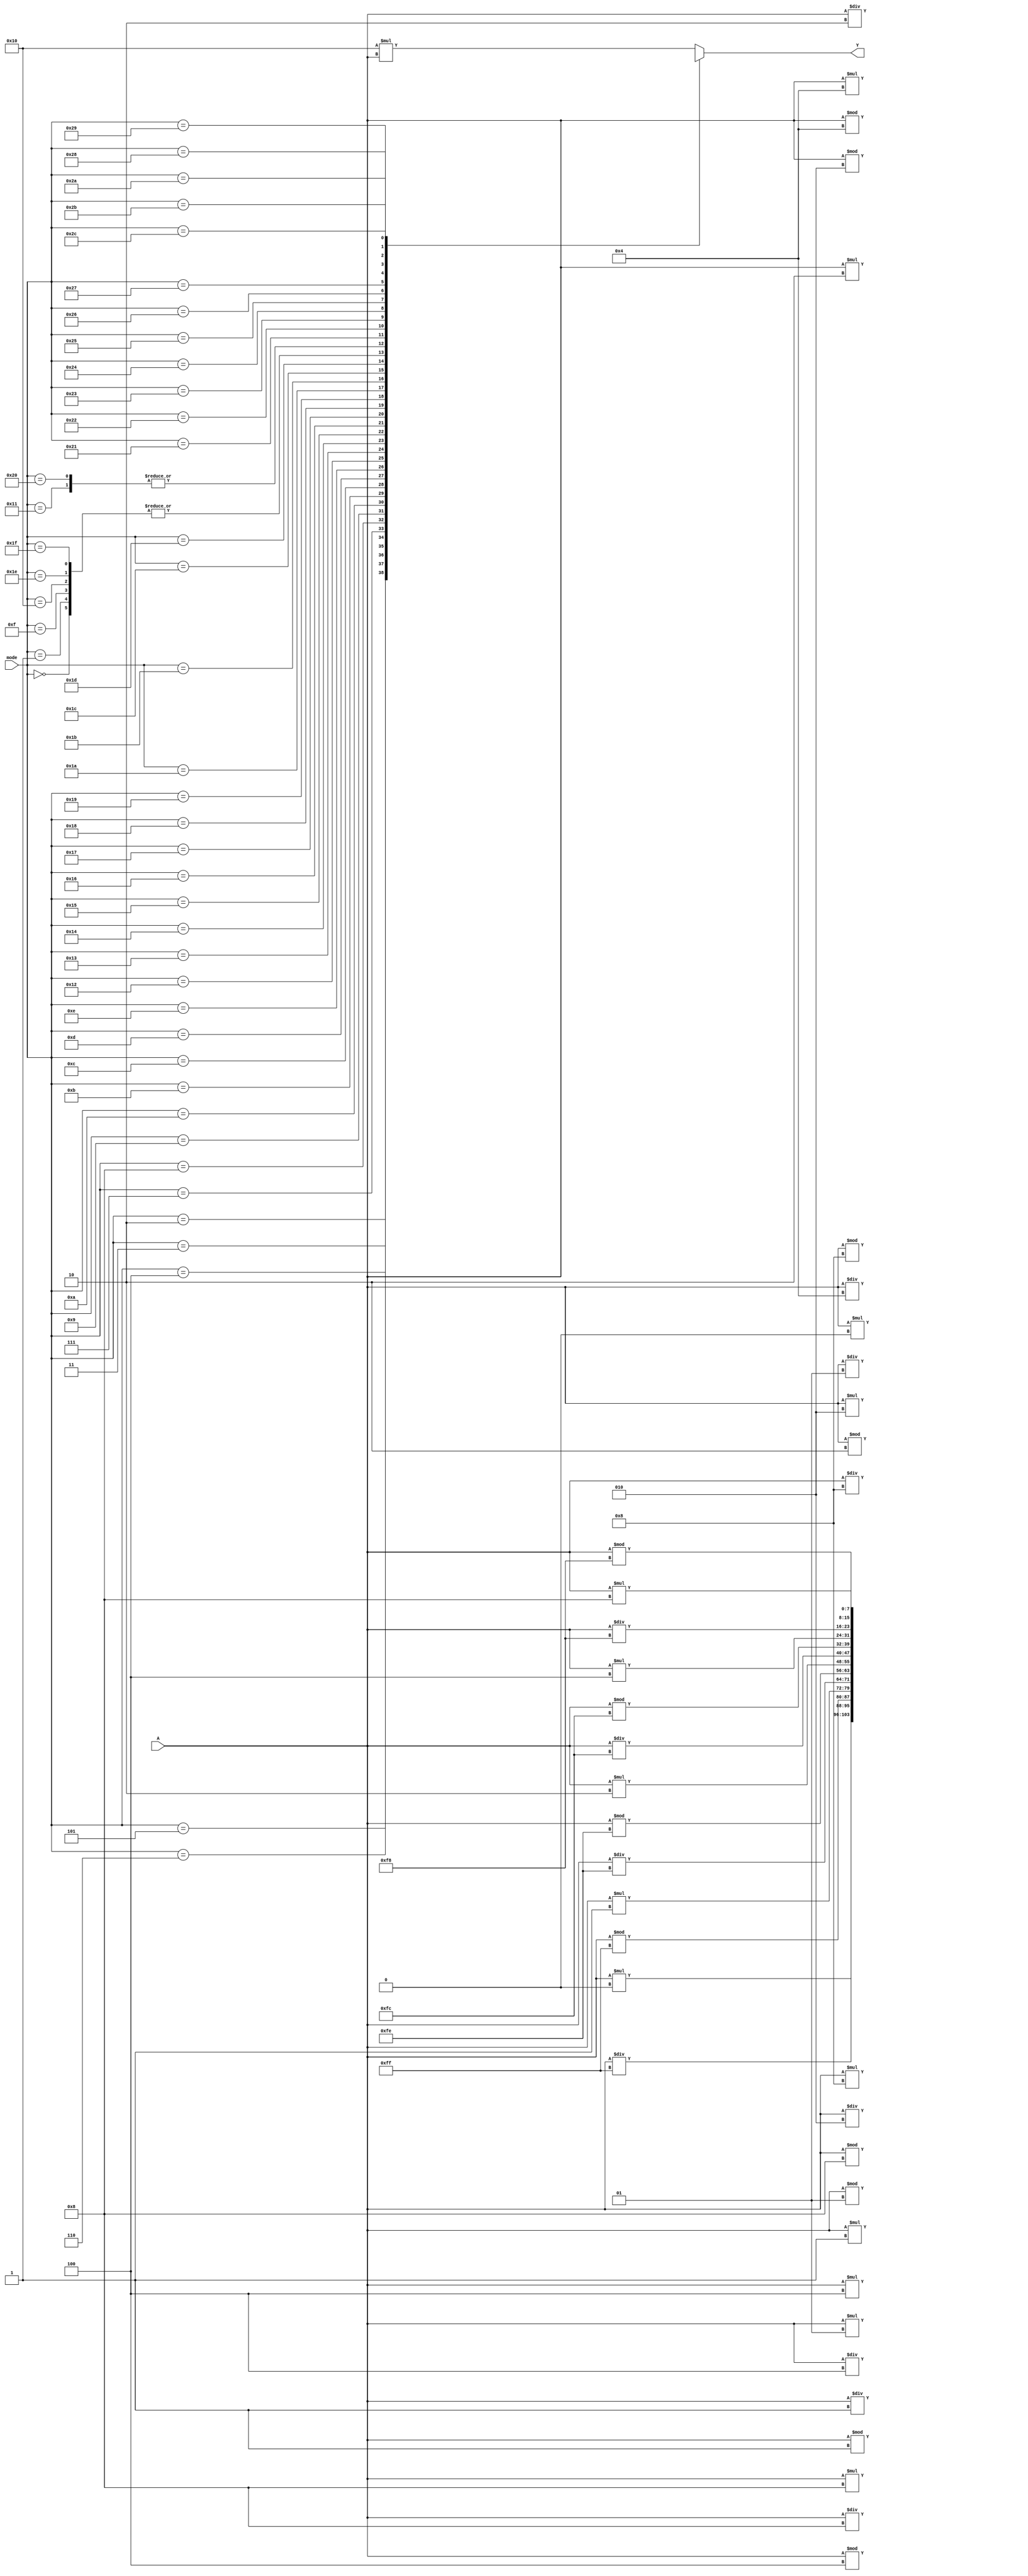
module constmuldivmod(input [7:0] A, input [5:0] mode, output reg [7:0] Y);
	always @* begin
		case (mode)
			0: Y = A / 8'd0;
			1: Y = A % 8'd0;
			2: Y = A * 8'd0;

			3: Y = A / 8'd1;
			4: Y = A % 8'd1;
			5: Y = A * 8'd1;

			6: Y = A / 8'd2;
			7: Y = A % 8'd2;
			8: Y = A * 8'd2;

			9: Y = A / 8'd4;
			10: Y = A % 8'd4;
			11: Y = A * 8'd4;

			12: Y = A / 8'd8;
			13: Y = A % 8'd8;
			14: Y = A * 8'd8;

			15: Y = $signed(A) / $signed(8'd0);
			16: Y = $signed(A) % $signed(8'd0);
			17: Y = $signed(A) * $signed(8'd0);

			18: Y = $signed(A) / $signed(8'd1);
			19: Y = $signed(A) % $signed(8'd1);
			20: Y = $signed(A) * $signed(8'd1);

			21: Y = $signed(A) / $signed(8'd2);
			22: Y = $signed(A) % $signed(8'd2);
			23: Y = $signed(A) * $signed(8'd2);

			24: Y = $signed(A) / $signed(8'd4);
			25: Y = $signed(A) % $signed(8'd4);
			26: Y = $signed(A) * $signed(8'd4);

			27: Y = $signed(A) / $signed(8'd8);
			28: Y = $signed(A) % $signed(8'd8);
			29: Y = $signed(A) * $signed(8'd8);

			30: Y = $signed(A) / $signed(-8'd0);
			31: Y = $signed(A) % $signed(-8'd0);
			32: Y = $signed(A) * $signed(-8'd0);

			33: Y = $signed(A) / $signed(-8'd1);
			34: Y = $signed(A) % $signed(-8'd1);
			35: Y = $signed(A) * $signed(-8'd1);

			36: Y = $signed(A) / $signed(-8'd2);
			37: Y = $signed(A) % $signed(-8'd2);
			38: Y = $signed(A) * $signed(-8'd2);

			39: Y = $signed(A) / $signed(-8'd4);
			40: Y = $signed(A) % $signed(-8'd4);
			41: Y = $signed(A) * $signed(-8'd4);

			42: Y = $signed(A) / $signed(-8'd8);
			43: Y = $signed(A) % $signed(-8'd8);
			44: Y = $signed(A) * $signed(-8'd8);

			default: Y = 8'd16 * A;
		endcase
	end
endmodule